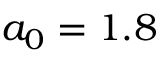
a _ { 0 } = 1 . 8